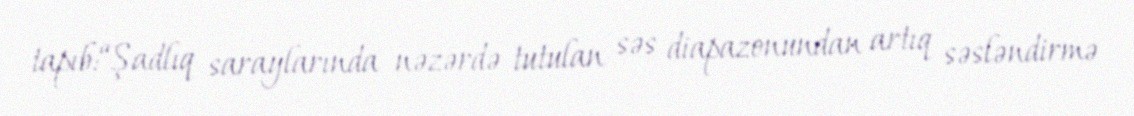
tapıb:“Şadlıq saraylarında nəzərdə tutulan səs diapazonundan artıq səsləndirmə